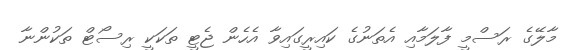
މާލޭގެ ރަސްމީ ފާލަމާއި އެތަނުގެ ކައިރީގައިވާ އެހެން ޖެޓީ ތަކަކީ ރިސޯޓް ތަކުންނާ